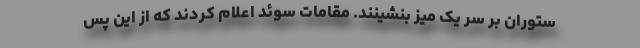
ستوران بر سر یک میز بنشینند. مقامات سوئد اعلام کردند که از این پس